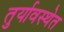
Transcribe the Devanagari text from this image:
तुर्यावस्थेत